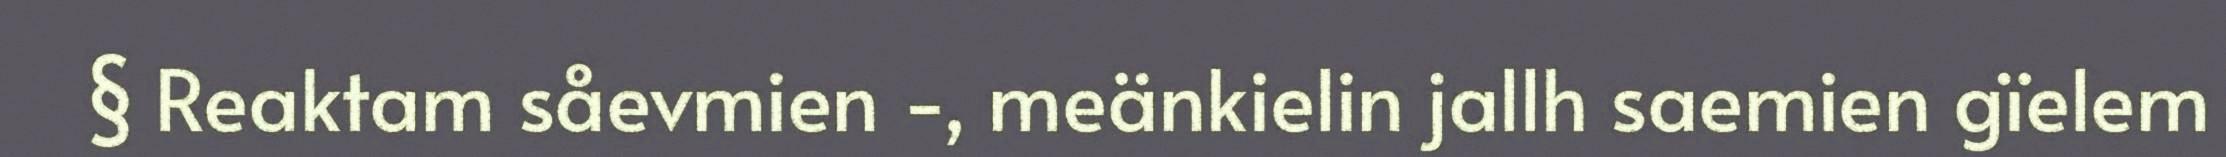
§ Reaktam såevmien -, meänkielin jallh saemien gïelem